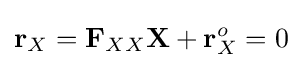
\mathbf {r} _{X}=\mathbf {F} _{XX}\mathbf {X} +\mathbf {r} _{X}^{o}=0